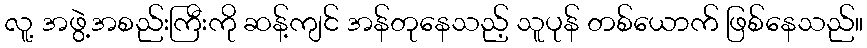
လူ့ အဖွဲ့အစည်းကြီးကို ဆန့်ကျင် အန်တုနေသည့် သူပုန် တစ်ယောက် ဖြစ်နေသည်။